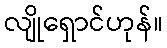
လျိုရှောင်ဟုန်။